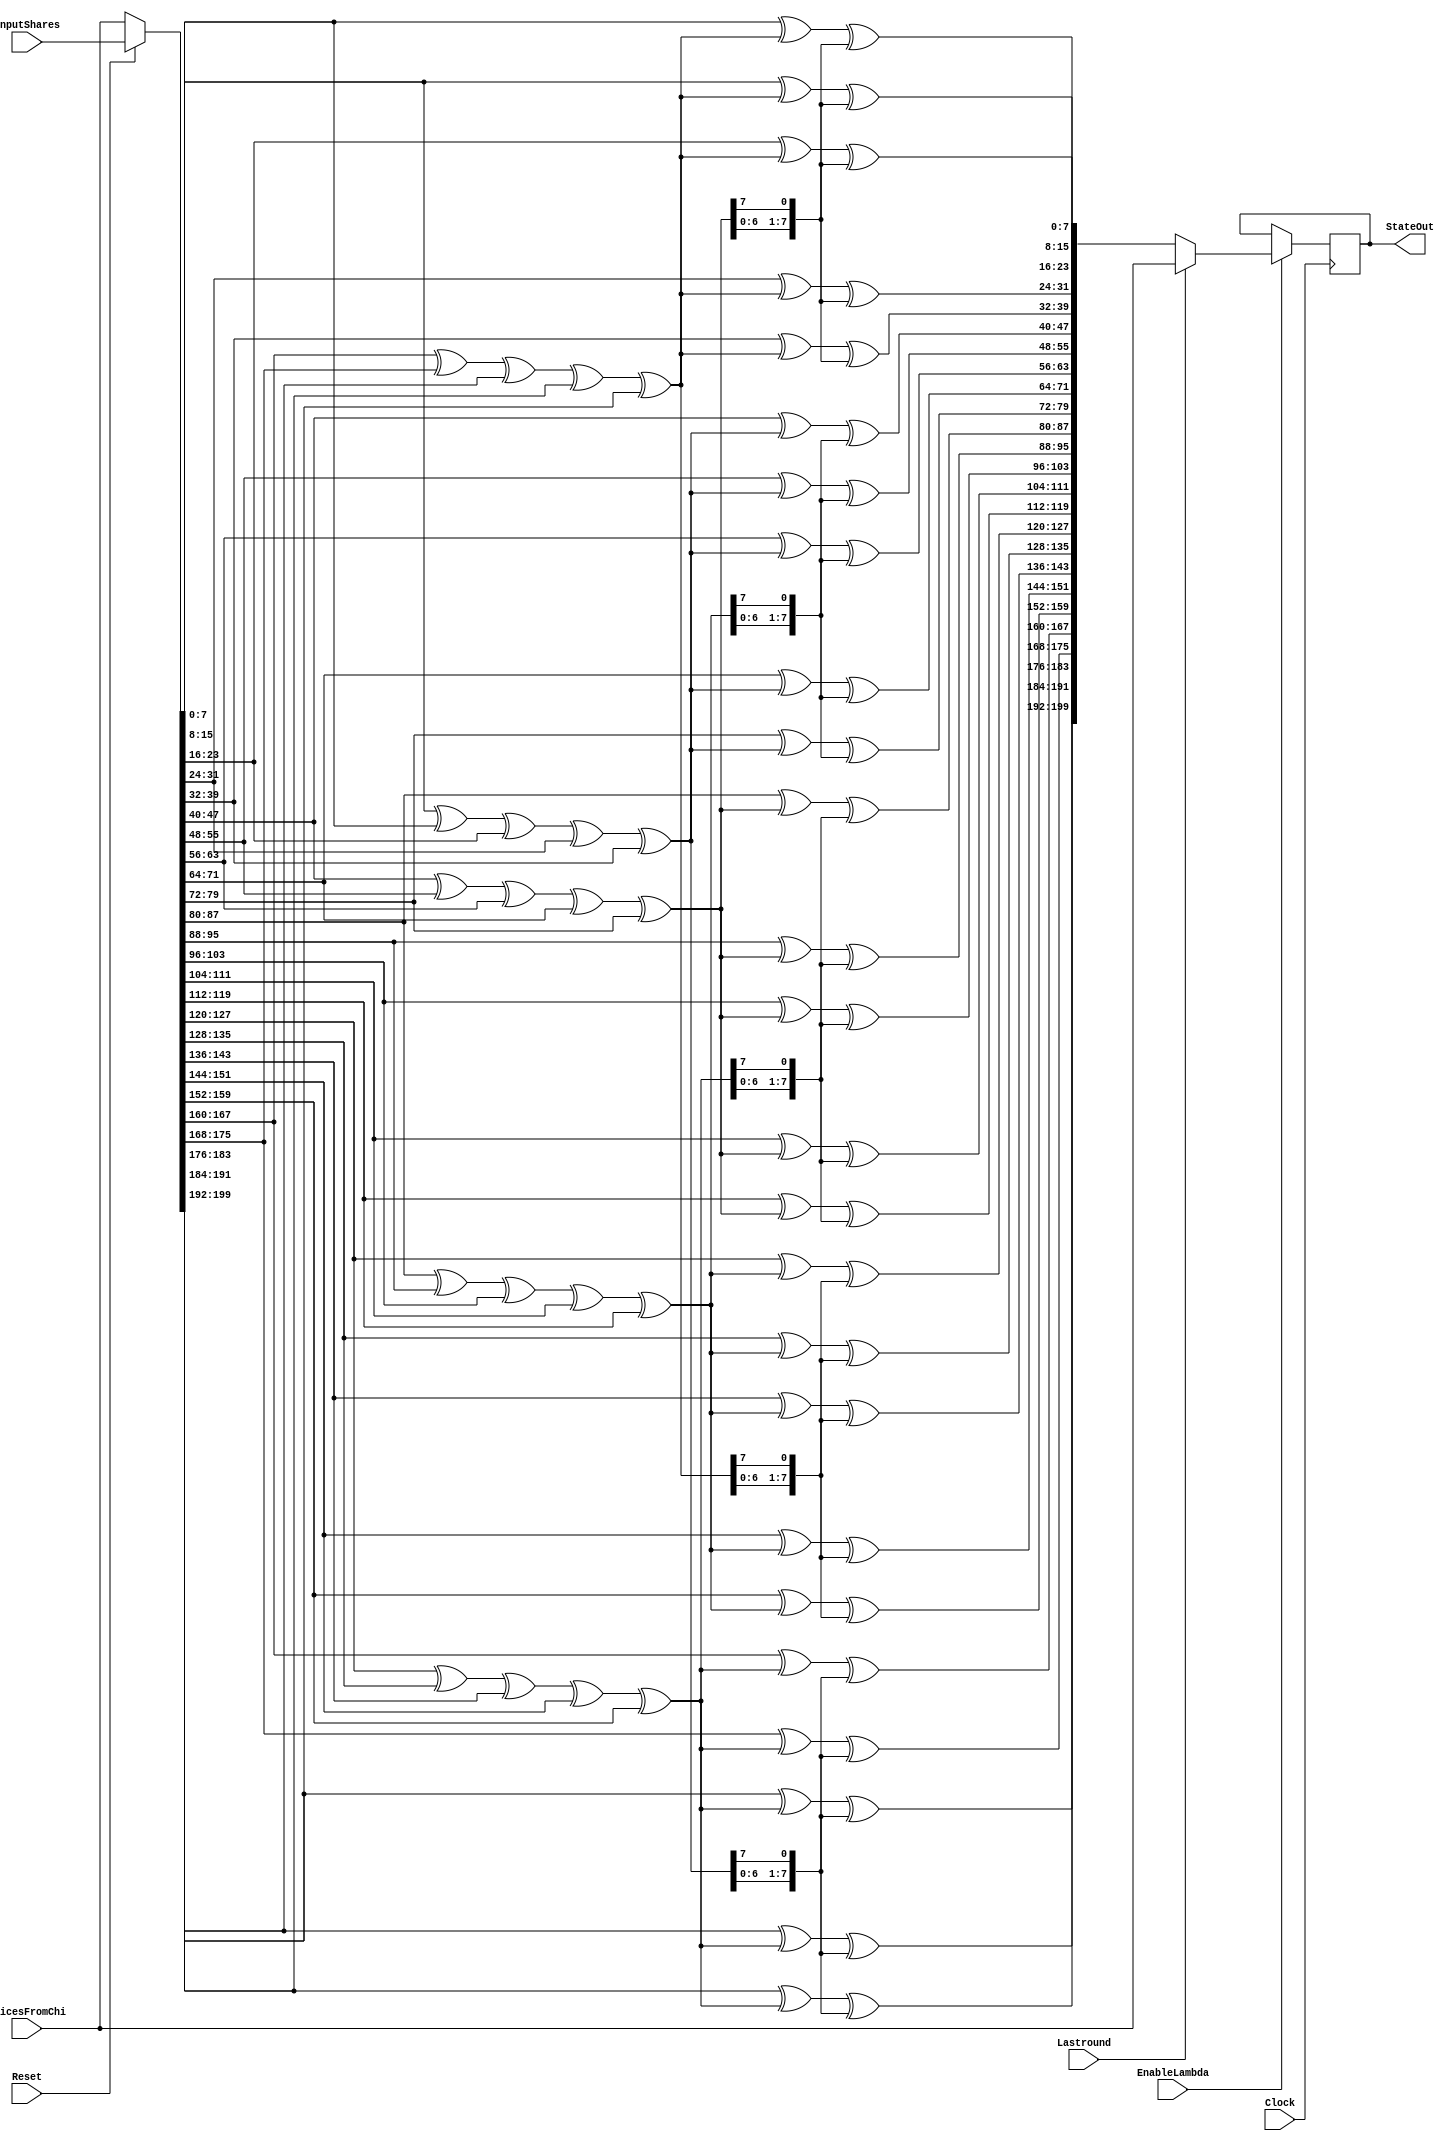
/*
* -----------------------------------------------------------------
* DOCUMENT: "Low-Latency Keccak at any Arbitrary Order" (TCHES 2021, Issue 4)
* -----------------------------------------------------------------
*
* Copyright (c) 2021, Sara Zarei, Aein Rezaei Shahmirzadi, Amir Moradi
* Modified version, taken from https://github.com/hgrosz/keccak_dom 
*
* All rights reserved.
*
* THIS SOFTWARE IS PROVIDED BY THE COPYRIGHT HOLDERS AND CONTRIBUTORS "AS IS" AND
* ANY EXPRESS OR IMPLIED WARRANTIES, INCLUDING, BUT NOT LIMITED TO, THE IMPLIED
* WARRANTIES OF MERCHANTABILITY AND FITNESS FOR A PARTICULAR PURPOSE ARE
* DISCLAIMED. IN NO EVENT SHALL THE COPYRIGHT HOLDER OR CONTRIBUTERS BE LIABLE FOR ANY
* DIRECT, INDIRECT, INCIDENTAL, SPECIAL, EXEMPLARY, OR CONSEQUENTIAL DAMAGES
* (INCLUDING, BUT NOT LIMITED TO, PROCUREMENT OF SUBSTITUTE GOODS OR SERVICES;
* LOSS OF USE, DATA, OR PROFITS; OR BUSINESS INTERRUPTION) HOWEVER CAUSED AND
* ON ANY THEORY OF LIABILITY, WHETHER IN CONTRACT, STRICT LIABILITY, OR TORT
* (INCLUDING NEGLIGENCE OR OTHERWISE) ARISING IN ANY WAY OUT OF THE USE OF THIS
* SOFTWARE, EVEN IF ADVISED OF THE POSSIBILITY OF SUCH DAMAGE.
*
* Please see LICENSE and README for license and further instructions.
*/


module Keccak_MUX_theta_state #(
    parameter W = 8,
	 parameter b = 200)(

	input Reset,
	input Lastround,
   input EnableLambda,
	input Clock,
	input  [b-1:0] SlicesFromChi,
	input  [b-1:0] InputShares,
   output [b-1:0] StateOut);

	function integer Idx(input integer x, input integer y);
		Idx = (5*x+y)*W;
	endfunction

	localparam [0:25*4-1] ROTATION_OFFSETS = {
		 4'd0, 4'd4, 4'd3, 4'd1, 4'd2,
		 4'd1, 4'd4, 4'd2, 4'd5, 4'd2,
		 4'd6, 4'd6, 4'd3, 4'd7, 4'd5,
		 4'd4, 4'd7, 4'd1, 4'd5, 4'd0,
		 4'd3, 4'd4, 4'd7, 4'd0, 4'd6
	};

	localparam STATE_SIZE = 5*5*W;

	wire [b-1:0] SlicesToTheta;
	reg  [b-1:0] StateToReg;
	wire [b-1:0] StateIn;

	// first MUX stage

	assign SlicesToTheta = Reset ? InputShares : SlicesFromChi;

	// theta

	reg[5*W-1:0] C, C_rot;
	reg[25*W-1:0] A, D;

		 always @(*) begin : THETA_PARALLEL
			  integer x, y;
			  A = SlicesToTheta;
			  for(x=0; x < 5; x=x+1) begin
					C[x*W +: W] = A[Idx(x,0) +: W] ^ A[Idx(x,1) +: W] ^ A[Idx(x,2) +: W]
										 ^ A[Idx(x,3) +: W] ^ A[Idx(x,4) +: W];
					C_rot[x*W +: W] = {2{C[x*W +: W]}} >> (W-1);
			  end
			  for(x=0; x < 5; x=x+1) begin
					for(y=0; y < 5; y=y+1) begin
						 D[Idx(x,y) +: W] = A[Idx(x,y) +: W]
							  ^ C[(((x-1)+5) % 5)*W +: W] ^ C_rot[((x+1) % 5)*W +: W];
					end
			  end

			  StateToReg = D;
		 end
		
	

	// second MUX stage

	assign StateIn = Lastround ? SlicesFromChi : StateToReg;
	
	// State Reg

	reg[STATE_SIZE-1:0] StatexDP;
	 always @(posedge Clock) begin : STATE
		if (EnableLambda) begin
			StatexDP <= StateIn;
		end
	 end

	assign StateOut = StatexDP;

endmodule